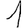
Digit: 1